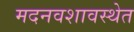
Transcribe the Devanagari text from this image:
मदनवशावस्थेत